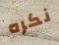
نكره